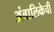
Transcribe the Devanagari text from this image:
अंबालिकेची